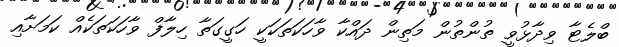
ބްލެޓާ ވިދާޅުވީ ތުންތުން މަތިން ދައްކާ ވާހަކަތަކަކީ ހަގީގަތާ ހިލާފް ވާހަކަތަކެއް ކަމަށާއި